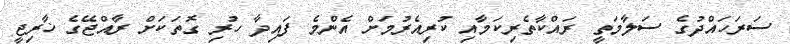
ސަރަހައްދުގެ ސަލާމަތީ ރައްކާތެރިކަމާއި ކުރިއެރުމަށް އެންމެ ފައިދާ ހުރި ގޮތަކަށް ރާއްޖޭގެ ޚާރިޖީ